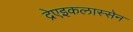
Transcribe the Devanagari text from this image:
द्रेएइकलास्सेन